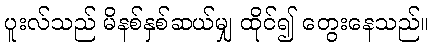
ပူးလ်သည် မိနစ်နှစ်ဆယ်မျှ ထိုင်၍ တွေးနေသည်။